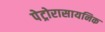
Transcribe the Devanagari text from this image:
पेट्रोरासायनिक